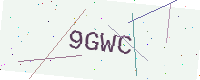
Text: 9GWC